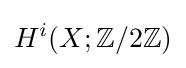
H^{i}(X;\mathbb {Z} /2\mathbb {Z} )